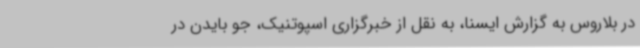
در بلاروس به گزارش ایسنا، به نقل از خبرگزاری اسپوتنیک، جو بایدن در